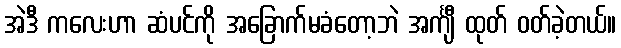
အဲဒီ ကလေးဟာ ဆံပင်ကို အခြောက်မခံတော့ဘဲ အင်္ကျီ ထုတ် ဝတ်ခဲ့တယ်။